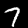
Label: 7